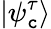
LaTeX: |\psi_{\mathtt{c}}^{\tau}\rangle